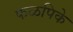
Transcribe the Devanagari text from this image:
फळपिके